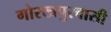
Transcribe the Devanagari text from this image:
गोरखपुरवासी